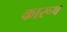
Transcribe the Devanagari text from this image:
कारूष